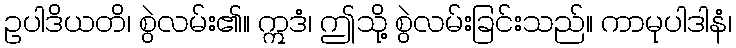
ဥပါဒိယတိ၊ စွဲလမ်း၏။ ဣဒံ၊ ဤသို့ စွဲလမ်းခြင်းသည်။ ကာမုပါဒါနံ၊